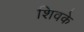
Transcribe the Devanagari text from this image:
शिवके